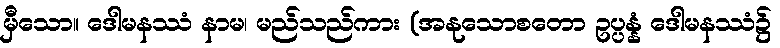
မှီသော။ ဒေါမနဿံ နာမ၊ မည်သည်ကား (အနုသောစတော ဥပ္ပန္နံ ဒေါမနဿံ၌